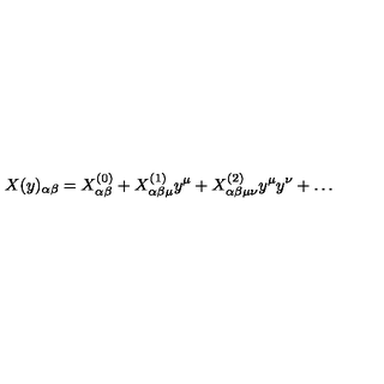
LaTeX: X ( y ) _ { \alpha \beta } = X _ { \alpha \beta } ^ { ( 0 ) } + X _ { \alpha \beta \mu } ^ { ( 1 ) } y ^ { \mu } + X _ { \alpha \beta \mu \nu } ^ { ( 2 ) } y ^ { \mu } y ^ { \nu } + \dots